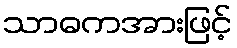
သာဓကအားဖြင့်